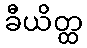
ခီယိတ္ထ